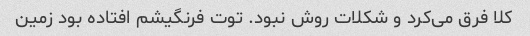
کلا فرق می‌کرد و شکلات روش نبود. توت فرنگیشم افتاده بود زمین